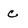
Character: c